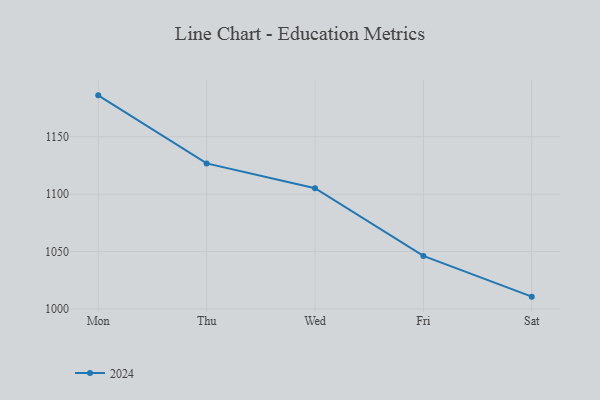
{"axis": {"x": "Day", "y": "Net Income (USD K)"}, "legend": ["2024"], "data": [{"x": "Mon", "y": 1186.1, "type": "2024"}, {"x": "Thu", "y": 1126.8, "type": "2024"}, {"x": "Wed", "y": 1105.2, "type": "2024"}, {"x": "Fri", "y": 1046.2, "type": "2024"}, {"x": "Sat", "y": 1010.7, "type": "2024"}]}